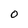
Character: O